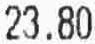
23.80